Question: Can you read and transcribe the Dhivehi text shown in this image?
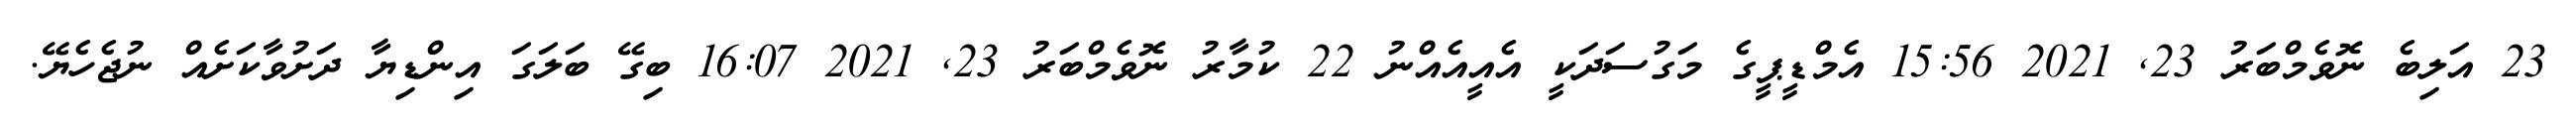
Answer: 23 އަލިބެ ނޮވެމްބަރު 23, 2021 15:56 އެމްޑީޕީގެ މަގުސަދަކީ އެއީއެއްނު 22 ކުމާރު ނޮވެމްބަރު 23, 2021 16:07 ބިގޭ ބަލަގަ އިންޑިޔާ ދަށުވާކަށެއް ނުޖެހެޔޭ.